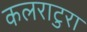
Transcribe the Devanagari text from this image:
कलराटुरा